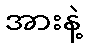
အားနဲ့